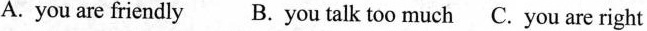
A. you are friendly B. you talk too much C.You are right